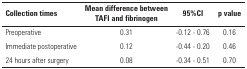
<table><thead><tr><td><b>Collection times</b></td><td><b>Mean difference between TAFI andfibrinogen</b></td><td><b>95%CI</b></td><td><b>p value</b></td></tr></thead><tbody><tr><td>Preoperative</td><td>0.31</td><td>-0.12 - 0.76</td><td>0.16</td></tr><tr><td>Immediate postoperative</td><td>0.12</td><td>-0.44 - 0.20</td><td>0.46</td></tr><tr><td>24 hours after surgery</td><td>0.08</td><td>-0.34 - 0.51</td><td>0.70</td></tr></tbody></table>